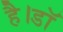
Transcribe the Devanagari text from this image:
है।डॉ